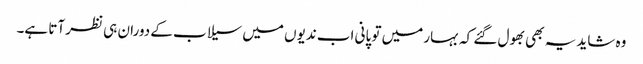
وہ شاید یہ بھی بھول گئے کہ بہار میں تو پانی اب ندیوں میں سیلاب کے دوران ہی نظر آتا ہے۔